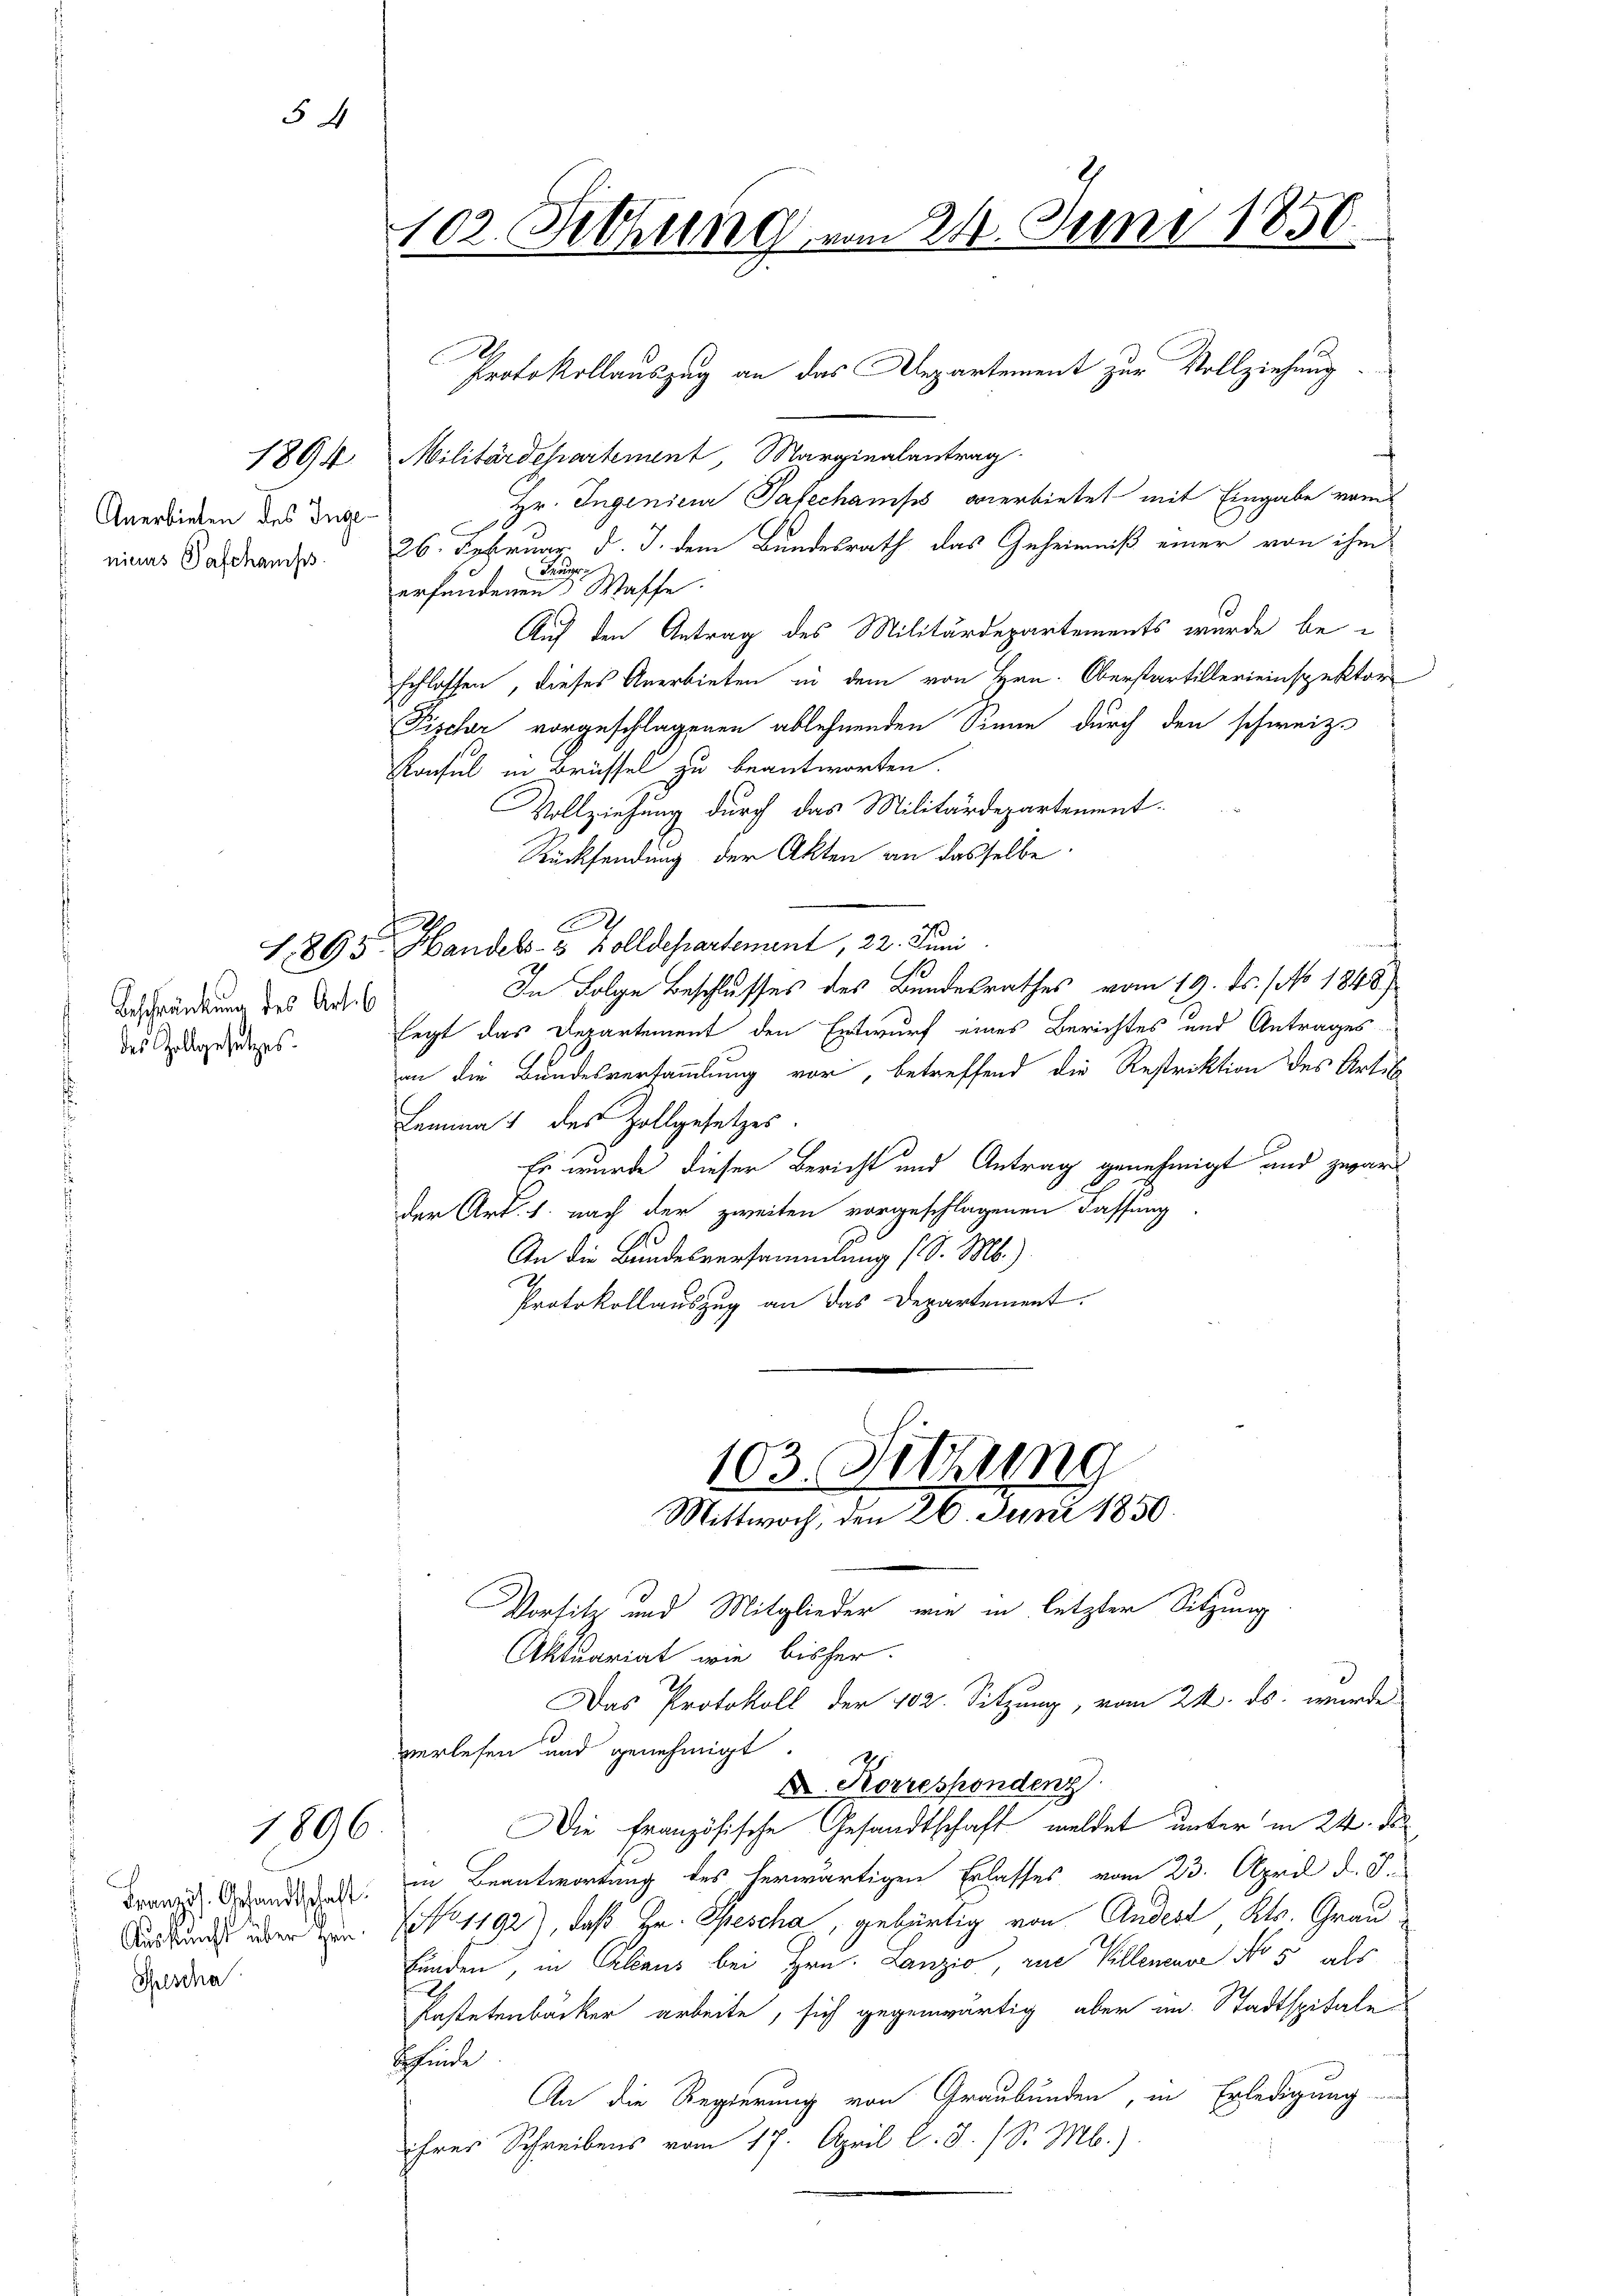
54

Anerbieten des Inge
nicus Paschanis

1894

Beschränkung des Art. 6
des Gollgesetzes.

1896.

Auskunft über den
Thescha

102. Setzung vom 21. Juni 1850.

Militärdepartement, Marginalantrag
Hr. Ingenieur Patechampis verbietet mit Eingabe vom
26. Februar d. J. dem Bundesrath das Geheimniß einer von ihm
Deugr
erfandenen Waffe.
Auf den Antrag des Militärdepartements wurde be-
schlossen, dieses Anerbieten in dem von Hrn. Oberstartillerieinspektor
Pischer vorgeschlagenen ablehnenden Sinne durch den schweiz.
Konsul in Brüssel zu beantworten.
Vollziehung durch das Militärdepartement.
Rücksendung der Akten an dasselbe
C
1895 Handels- & Zolldepartement, 22. Juni
In Folge Beschlusses des Bundesrathes vom 19. ds. (No. 1848)
legt das Departement den Entwurf eines Berichtes und Antrages
an die Bundesversammlung vor, betreffend die Restriktion des Artik
Lemma 1 des Zollgesetzes.
Es wurde dieser Bericht und Antrag genehmigt und zwar
der Art. 1. nach der zweiten vorgeschlagenen Fassung
.
An die Bundesversammlung (S. M.)
Protokollauszug an das Departement.
103. Sitzung
Mittwoch, den 26. Juni 1850.
Vorsitz und Mitglieder wie in letzter Sitzung
Aktuariat wie bisher.
Das Protokoll der 102. Sitzung, vom 24. ds. wurde
verlesen und genehmigt.
D. Korrespondenz
Die französische Gesandtschaft meldet unter in 24. de
Franz. Grandidat in Beantwortung des herwärtigen Erlasses vom 23. April d. J.
(No. 1192), daß Hr. Spescha, gebürtig von Andest, Kts. Graufunden, in Claus bei Hrn. Lanzio, zur Kellenende No 5 als
Pastetenbäcker arbeite, sich gegenwärtig aber im Stadtspitale
funde
An die Regierung von Graubünden, in Erledigung
ihres Schreibens vom 17. April l. J. (S. M.)

9

E

Protokollauszug an das Departement zur Vollziehung.